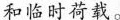
和临时荷载。